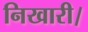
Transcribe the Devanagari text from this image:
निखारी।